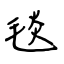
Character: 毯